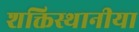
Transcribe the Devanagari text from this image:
शक्तिस्थानीया